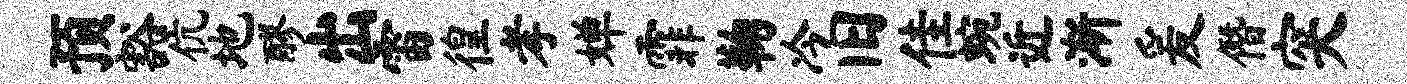
预豁伉地醪出雷徨孝婵霏鞠冷旧佳蜿近渐爰僭突